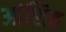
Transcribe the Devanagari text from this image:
आंशित